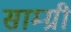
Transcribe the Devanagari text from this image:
साम्ग्री